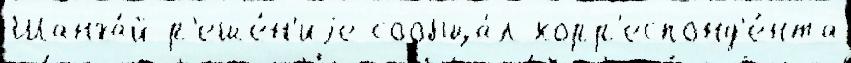
Шанха́й р'еше́н'иjе сообща́л корр'еспонд'е́нта